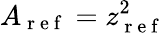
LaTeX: A_{\mathrm{~r~e~f~}}=z_{\mathrm{~r~e~f~}}^{2}